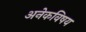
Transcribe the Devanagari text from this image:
अनेकविषय